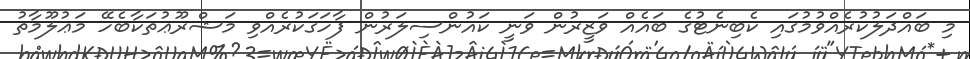
މި ބައްދަލުކުރެއްވުމުގައި ކެބިނެޓުގެ ބައެއް ވަޒީރުން ވަނީ ކައުންސިލަރުން ފާހަގަކުރެއްވި މަޝްރޫޢުތަކާބެހޭ މަޢުލޫމާތު